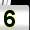
Digit: 5